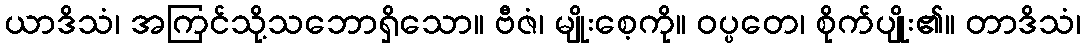
ယာဒိသံ၊ အကြင်သို့သဘောရှိသော။ ဗီဇံ၊ မျိုးစေ့ကို။ ဝပ္ပတေ၊ စိုက်ပျိုး၏။ တာဒိသံ၊